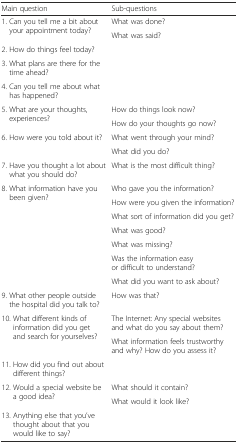
| Main question | Sub-questions |
 | --- | --- |
 | <ROWSPAN=2> 1. Can you tell me a bit about your appointment today? | What was done? |
 | What was said? |
 | 2. How do things feel today? |  |
 | 3. What plans are there for the time ahead? |  |
 | 4. Can you tell me about what has happened? |  |
 | <ROWSPAN=2> 5. What are your thoughts, experiences? | How do things look now? |
 | How do your thoughts go now? |
 | <ROWSPAN=2> 6. How were you told about it? | What went through your mind? |
 | What did you do? |
 | 7. Have you thought a lot about what you should do? | What is the most difficult thing? |
 | <ROWSPAN=7> 8. What information have you been given? | Who gave you the information? |
 | How were you given the information? |
 | What sort of information did you get? |
 | What was good? |
 | What was missing? |
 | Was the information easy or difficult to understand? |
 | What did you want to ask about? |
 | 9. What other people outside the hospital did you talk to? | How was that? |
 | <ROWSPAN=2> 10. What different kinds of information did you get and search for yourselves? | The Internet: Any special websites and what do you say about them? |
 | What information feels trustworthy and why? How do you assess it? |
 | 11. How did you find out about different things? |  |
 | <ROWSPAN=2> 12. Would a special website be a good idea? | What should it contain? |
 | What would it look like? |
 | 13. Anything else that you’ve thought about that you would like to say? |  |